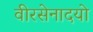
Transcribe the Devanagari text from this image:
वीरसेनादयो